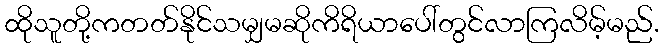
ထိုသူတို့ကတတ်နိုင်သမျှမဆိုကိရိယာပေါ်တွင်လာကြလိမ့်မည်.